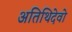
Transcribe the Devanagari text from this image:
अतिथिदेवो